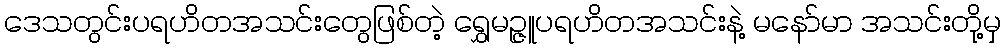
ဒေသတွင်းပရဟိတအသင်းတွေဖြစ်တဲ့ ရွှေမဥ္ဇူပရဟိတအသင်းနဲ့ မနော်မာ အသင်းတို့မှ